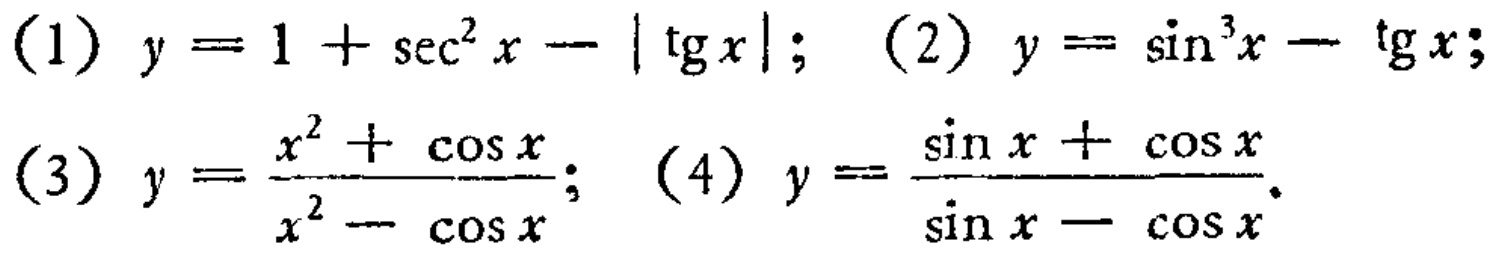
(1) \(y = 1+\sec^{2}x-\vert\mathrm{tg}x\vert\); (2) \(y=\sin^{3}x - \mathrm{tg}x\);
(3) \(y=\frac{x^{2}+\cos x}{x^{2}-\cos x}\); (4) \(y=\frac{\sin x+\cos x}{\sin x - \cos x}\)